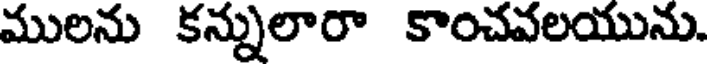
ములను కన్నులారా కాంచవలయును.